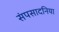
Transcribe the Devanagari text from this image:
संपसादनिया